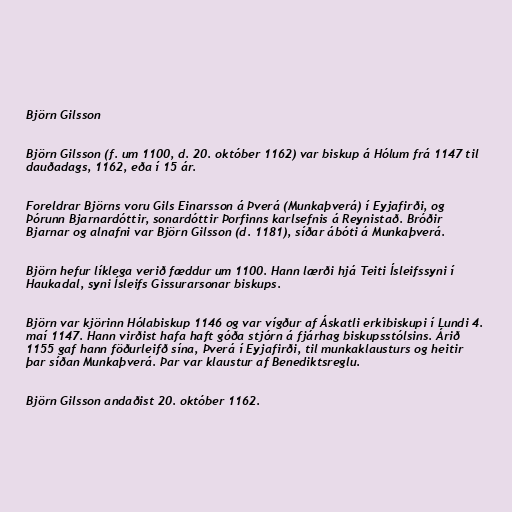
Björn Gilsson

Björn Gilsson (f. um 1100, d. 20. október 1162) var biskup á Hólum frá 1147 til
dauðadags, 1162, eða í 15 ár.

Foreldrar Björns voru Gils Einarsson á Þverá (Munkaþverá) í Eyjafirði, og
Þórunn Bjarnardóttir, sonardóttir Þorfinns karlsefnis á Reynistað. Bróðir
Bjarnar og alnafni var Björn Gilsson (d. 1181), síðar ábóti á Munkaþverá.

Björn hefur líklega verið fæddur um 1100. Hann lærði hjá Teiti Ísleifssyni í
Haukadal, syni Ísleifs Gissurarsonar biskups.

Björn var kjörinn Hólabiskup 1146 og var vígður af Áskatli erkibiskupi í Lundi 4.
maí 1147. Hann virðist hafa haft góða stjórn á fjárhag biskupsstólsins. Árið
1155 gaf hann föðurleifð sína, Þverá í Eyjafirði, til munkaklausturs og heitir
þar síðan Munkaþverá. Þar var klaustur af Benediktsreglu.

Björn Gilsson andaðist 20. október 1162.